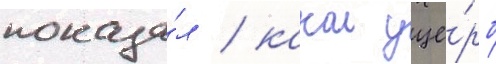
показа́л / какои уще́рб